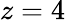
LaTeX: z=4